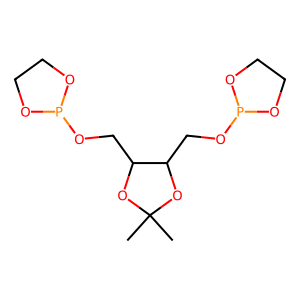
SMILES: CC1(C)OC(COP2OCCO2)C(COP2OCCO2)O1
Inhibits HIV replication: No